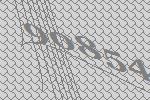
90854